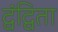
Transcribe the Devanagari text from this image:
द्वंद्विता